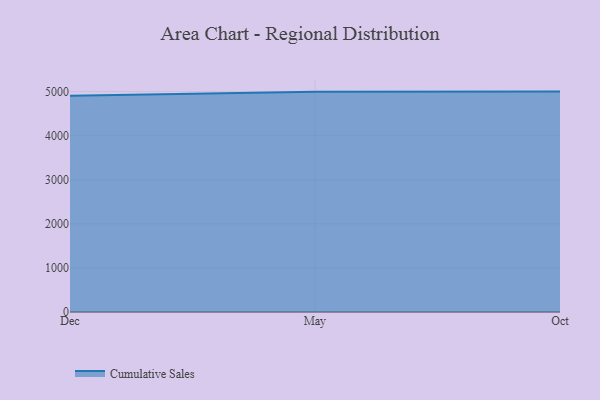
{"axis": {"x": "Month", "y": "LTV (USD)"}, "legend": ["Cumulative Sales"], "data": [{"x": "Dec", "y": 4904.7, "type": "Cumulative Sales"}, {"x": "May", "y": 4998.8, "type": "Cumulative Sales"}, {"x": "Oct", "y": 5000, "type": "Cumulative Sales"}]}